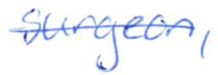
Text: surgeon,
Cross-out: single-line
Writing tool: ballpoint